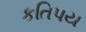
કતિપય